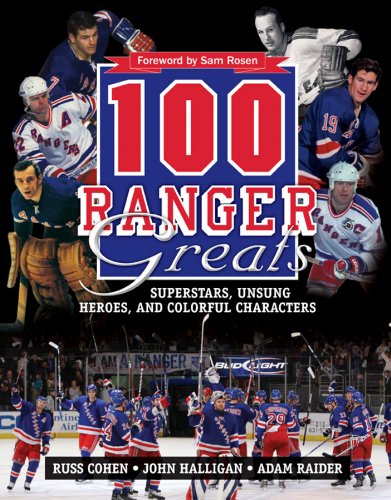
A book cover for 100 Ranger Greats: Superstars, Unsung Heroes and Colorful Characters; Russ Cohen; Biographies & Memoirs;